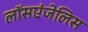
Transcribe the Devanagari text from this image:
लॉसएंजेलिस